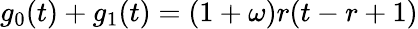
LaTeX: g_{0}(t)+g_{1}(t)=(1+\omega)r(t-r+1)